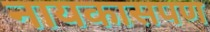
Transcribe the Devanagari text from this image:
नायकासपण